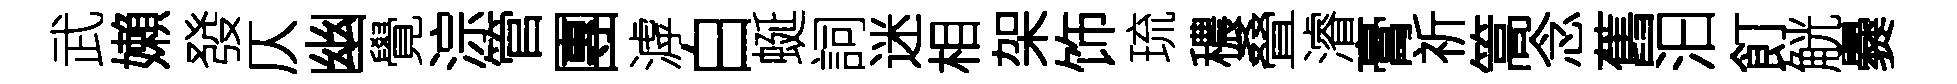
武嬾發仄幽覺淙管團滹白蜒詞迷相架饰琉穠叠濬膏祈篙念舊汩飣觥爨